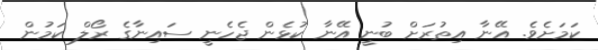
ކަމަށެވެ. އޭނާ އިތުރަށް ބުނީ އޭނާ ކުޅެން ޖެހެނީ ސައިނާގެ ރޯލް ކަމުން